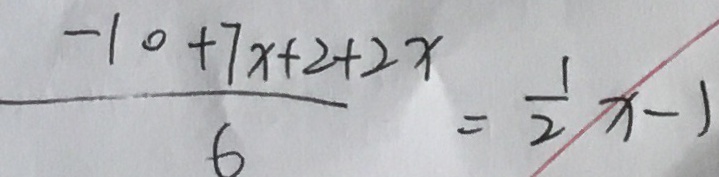
\frac { - 1 0 + 7 x + 2 + 2 x } { 6 } = \frac { 1 } { 2 } x - 1